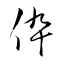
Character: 伜